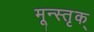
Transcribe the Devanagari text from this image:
मून्स्तृक्